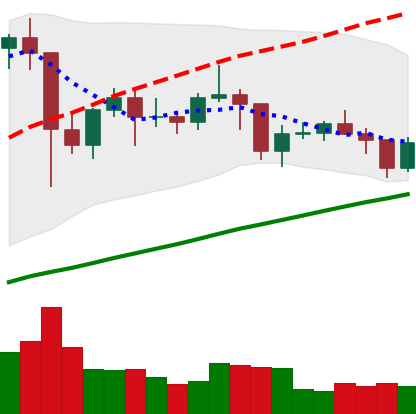
Ticker: LTC-USD
Chart end date: 2021-01-28
Forward return: 6.757%
Label: up_5_7